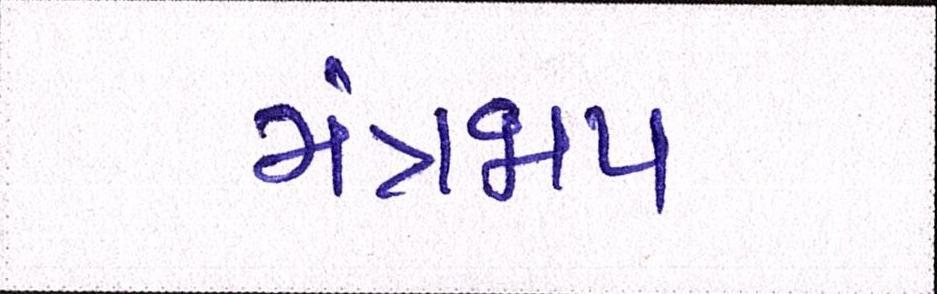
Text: મંત્રજાપ